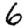
Digit: 6